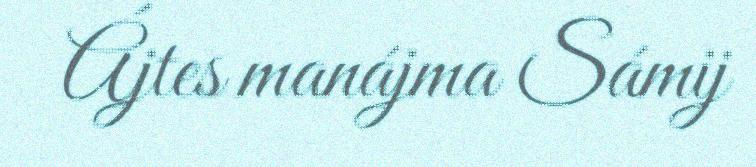
Ájtes manájma Sámij